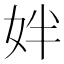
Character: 姅